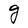
Character: g